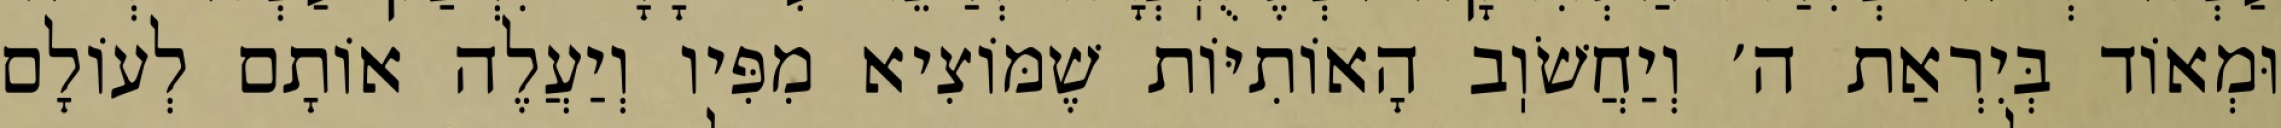
וּמְאוֹד בְּיִרְאַת ה׳ וְיַחֲשֹׁוֽב הָאוֹתִיּוֹת שֶׁמּוֹצִיא מִפִּיו וְיַעֲלֶה אוֹתָם לְעוֹלָם